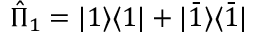
\hat { \Pi } _ { 1 } = | 1 \rangle \langle 1 | + | \bar { 1 } \rangle \langle \bar { 1 } |